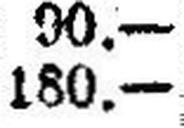
180.—